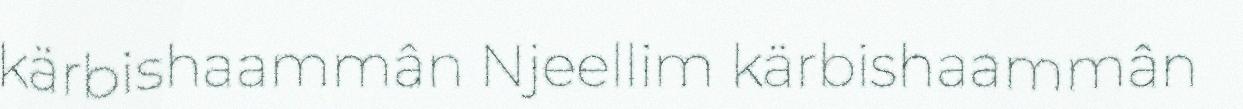
kärbishaammân Njeellim kärbishaammân